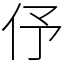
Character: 伃